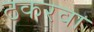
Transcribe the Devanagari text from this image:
ठकरवा